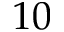
1 0